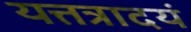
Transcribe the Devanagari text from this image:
यत्तत्रादयं